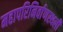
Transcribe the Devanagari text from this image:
महापरिनिर्वाणस्थली